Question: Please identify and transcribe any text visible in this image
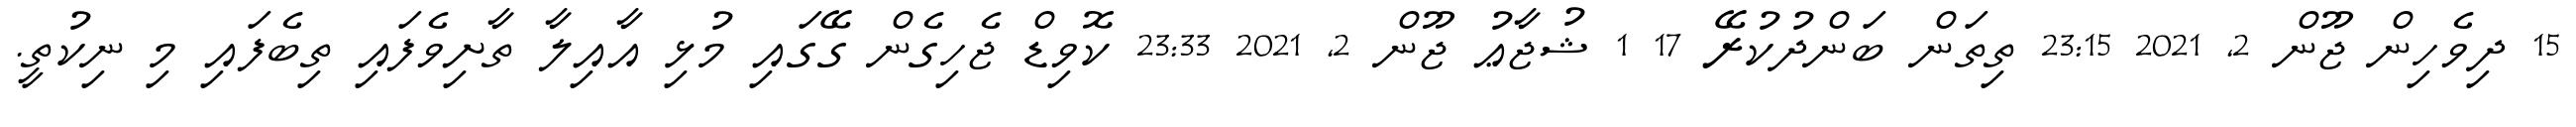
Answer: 15 ދިވެހިން ޖޫން 2, 2021 23:15 ތިތަން ބަންދުކުރޭ 17 1 ޝުޖާޢު ޖޫން 2, 2021 23:33 ކޮވިޑް ޖެހިގެން ގޭގައި މުޅި އާއިލާ ތާށިވެފައި ތިބެފައި މި ނިކުތީ.